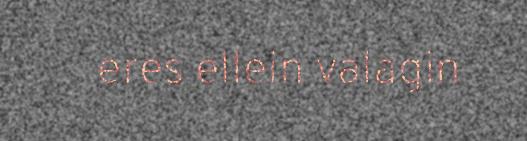
eres ellein valagin